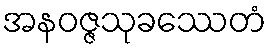
အနဝဇ္ဇသုခဿေတံ